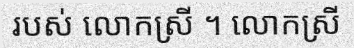
របស់ លោកស្រី ។ លោកស្រី